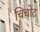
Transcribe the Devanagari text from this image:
चिचोट